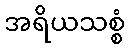
အရိယသစ္စံ